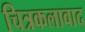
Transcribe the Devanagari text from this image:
चित्रकलावाद